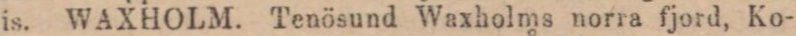
is. WAXHOLM. Tenösund Waxholms norra fjord, Ko-